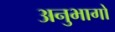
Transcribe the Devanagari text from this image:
अनुभागो